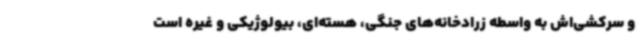
و سرکشی‌اش به واسطه زرادخانه‌های جنگی، هسته‌ای، بیولوژیکی و غیره است